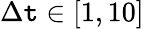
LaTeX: \Delta\mathtt{t}\in[1,10]